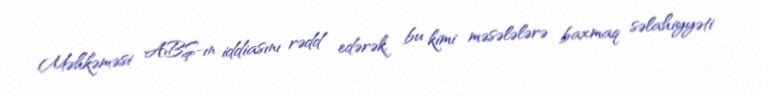
Məhkəməsi ABŞ-ın iddiasını rədd edərək, bu kimi məsələlərə baxmaq səlahiyyəti